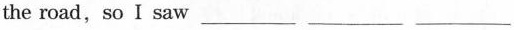
the road,so I saw ___ ___ ___